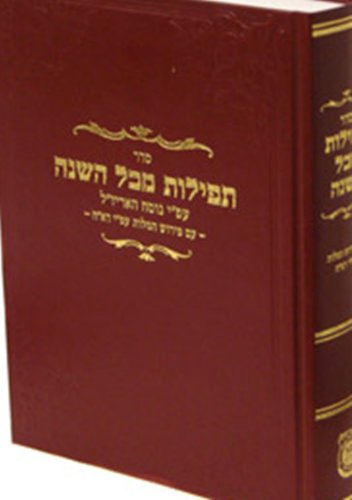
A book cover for Seder Tefillot Mikol Hashana (Siddur Im Dach) (Sifriy. Otsar Ha-Ohasidim, Lyubaoviotsh Okovets Shalshelet H) (Hebrew Edition); Rabbi Shneur Zalman of Liadi; Religion & Spirituality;